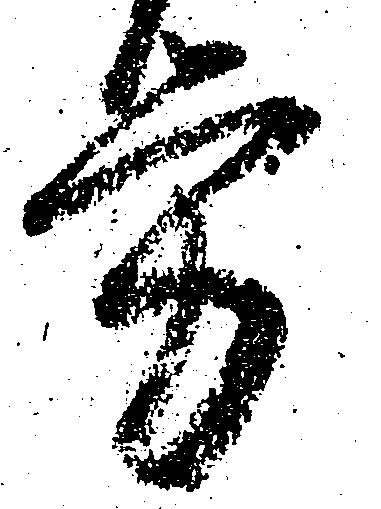
労